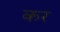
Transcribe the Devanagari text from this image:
कर